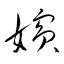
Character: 嬪